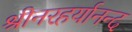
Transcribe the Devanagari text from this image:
श्रीनरहर्यानन्द